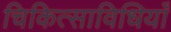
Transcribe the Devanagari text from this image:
चिकित्साविधियाँ